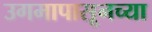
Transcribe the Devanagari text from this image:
उगमापासूनच्या